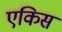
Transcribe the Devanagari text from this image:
एकिस